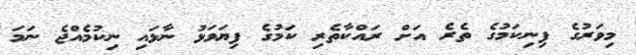
މިވަރުގެ ފިނިކަމުގެ ތެރެ އަށް ރައްކާތެރި ކަމުގެ ފިޔަވަޅު ނާޅައި ނިކުމެއްޖެ ނަމަ